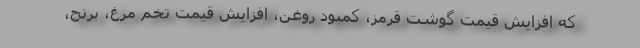
که افزایش قیمت گوشت قرمز، کمبود روغن، افزایش قیمت تخم مرغ، برنج،